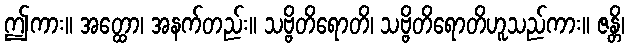
ဤကား။ အတ္ထော၊ အနက်တည်း။ သဗ္ဗိတိရောတိ၊ သဗ္ဗိတိရောတိဟူသည်ကား။ ဇန္တိ၊